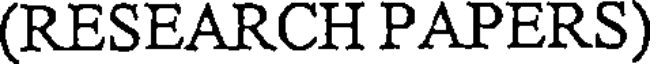
(RESEARCH PAPERS)